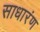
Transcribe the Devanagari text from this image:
साधारंण